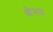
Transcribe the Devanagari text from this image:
शैनय